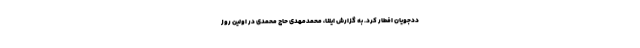
ددجویان افطار کرد. به گزارش ایلنا، محمدمهدی حاج محمدی در اولین روز